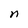
Character: n